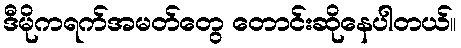
ဒီမိုကရက်အမတ်တွေ တောင်းဆိုနေပါတယ်။